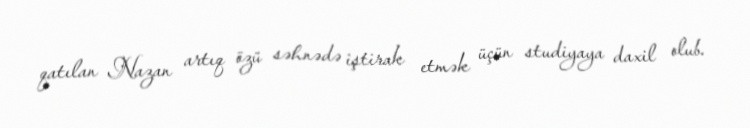
qatılan Nazan artıq özü səhnədə iştirak etmək üçün studiyaya daxil olub.